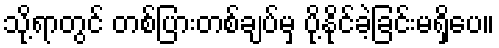
သို့ရာတွင် တစ်ပြားတစ်ချပ်မှ ပို့နိုင်ခဲ့ခြင်းမရှိပေ။